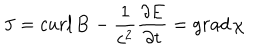
LaTeX: { \bf J } = c u r l \, { \bf B } - { \frac { 1 } { c ^ { 2 } } } { \frac { \partial { \bf E } } { \partial t } } = g r a d \, \chi